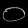
Digit: ၀